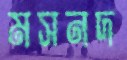
মসনদ